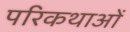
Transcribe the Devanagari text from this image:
परिकथाओं